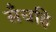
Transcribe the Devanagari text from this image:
सँचहि